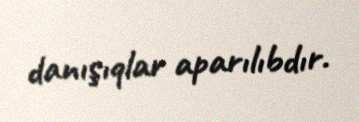
danışıqlar aparılıbdır.